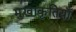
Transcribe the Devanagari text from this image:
मुखाकृतियाँ